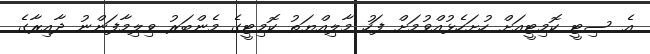
އެ ސިޓީ ކޮމިޓީއަށް ހުށަހެޅުއްވުމަށް ފަހު މާލިއްޔަތު ކޮމިޓީގެ މެންބަރު ވިލިމާފަންނު ދާއިރާގެ